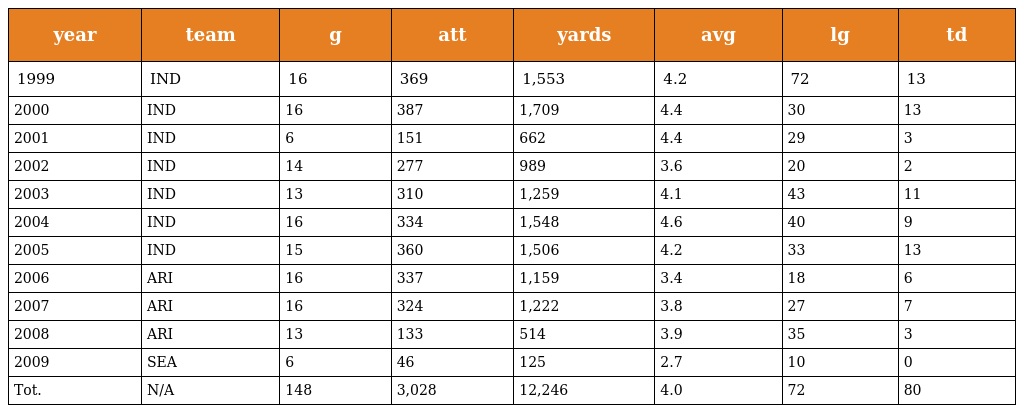
| year | team | g | att | yards | avg | lg | td |
 | --- | --- | --- | --- | --- | --- | --- | --- |
 | 1999 | IND | 16 | 369 | 1,553 | 4.2 | 72 | 13 |
 | 2000 | IND | 16 | 387 | 1,709 | 4.4 | 30 | 13 |
 | 2001 | IND | 6 | 151 | 662 | 4.4 | 29 | 3 |
 | 2002 | IND | 14 | 277 | 989 | 3.6 | 20 | 2 |
 | 2003 | IND | 13 | 310 | 1,259 | 4.1 | 43 | 11 |
 | 2004 | IND | 16 | 334 | 1,548 | 4.6 | 40 | 9 |
 | 2005 | IND | 15 | 360 | 1,506 | 4.2 | 33 | 13 |
 | 2006 | ARI | 16 | 337 | 1,159 | 3.4 | 18 | 6 |
 | 2007 | ARI | 16 | 324 | 1,222 | 3.8 | 27 | 7 |
 | 2008 | ARI | 13 | 133 | 514 | 3.9 | 35 | 3 |
 | 2009 | SEA | 6 | 46 | 125 | 2.7 | 10 | 0 |
 | Tot. | N/A | 148 | 3,028 | 12,246 | 4.0 | 72 | 80 |